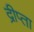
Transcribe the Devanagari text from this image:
द्रीप्ता